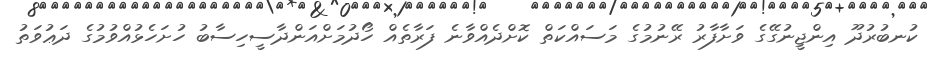
ކުނބުރުދޫ އިންޖީނުގޭގެ ވަށާފާރު ރޭނުމުގެ މަސައްކަތް ކޮށްދެއްވާނެ ފަރާތެއް ހޯދުމަށްއަންދާސީހިސާބު ހުށަހެޅުއްވުމުގެ ދަޢުވަތު